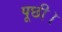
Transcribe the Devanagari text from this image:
पूछी।